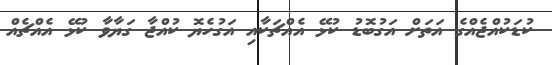
ކުޑަކުއްޖެއްގެ އަތަށް އަގުބޮޑު ކުޅޭ އެއްޗަކާއި އަގުހެޔޮ ކުއްޖާ ގަޔާވާ ކުޅޭ އެއްޗެއް